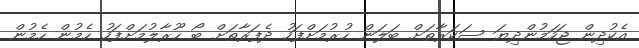
އެކުދިން ޖަހަމުންދިޔަ ސަކަރާތަށް ބަލަން ހުރުމަށްފަހު ދެފަރާތަށް ބޯ ހޫރާލުމަށްފަހު ހެމުން ހެމުން